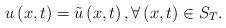
LaTeX: \begin{align*} u\left( x,t\right) = \tilde u \left( x,t\right) ,\forall \left( x,t\right) \in S_T. \end{align*}